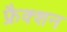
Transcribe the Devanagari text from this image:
फ्रैक्शन